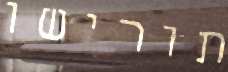
תורישו